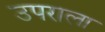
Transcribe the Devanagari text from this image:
उपराला